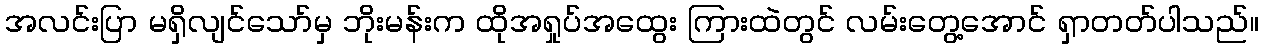
အလင်းပြာ မရှိလျင်သော်မှ ဘိုးမန်းက ထိုအရှုပ်အထွေး ကြားထဲတွင် လမ်းတွေ့အောင် ရှာတတ်ပါသည်။